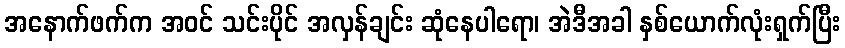
အနောက်ဖက်က အဝင် သင်းပိုင် အလှန်ချင်း ဆုံနေပါရော၊ အဲဒီအခါ နှစ်ယောက်လုံးရှက်ပြီး